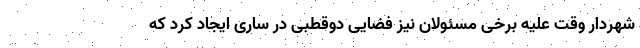
شهردار وقت علیه برخی مسئولان نیز فضایی دوقطبی در ساری ایجاد کرد که